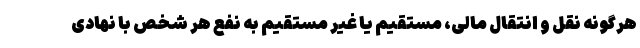
هرگونه نقل و انتقال مالی، مستقیم یا غیر مستقیم به نفع هر شخص با نهادی